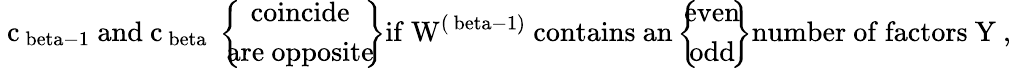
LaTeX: {\mathrm{~c_{\ beta-1}~and~c_{\ beta}~}}\left\{ \! \! \! \begin{array}{c}{{{\mathrm{coincide}}}}\\ {{{\mathrm{are~opposite}}}}\end{array}\! \! \right\} {\mathrm{if~W^{(\ beta-1)}~contains~an}}\left\{ \! \! \! \begin{array}{c}{{{\mathrm{even}}}}\\ {{{\mathrm{odd}}}}\end{array}\! \! \right\} {\mathrm{number~of~factors~Y~,}}